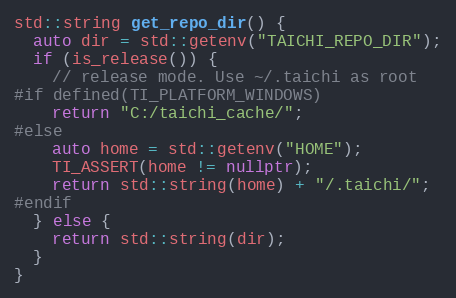
Language: C++
std::string get_repo_dir() {
  auto dir = std::getenv("TAICHI_REPO_DIR");
  if (is_release()) {
    // release mode. Use ~/.taichi as root
#if defined(TI_PLATFORM_WINDOWS)
    return "C:/taichi_cache/";
#else
    auto home = std::getenv("HOME");
    TI_ASSERT(home != nullptr);
    return std::string(home) + "/.taichi/";
#endif
  } else {
    return std::string(dir);
  }
}